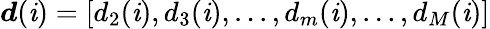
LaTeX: \boldsymbol{d}(\mathit{i})=[d_{2}(\mathit{i}),d_{3}(\mathit{i}),...,d_{m}(\mathit{i}),...,d_{M}(\mathit{i})]